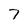
Character: 7